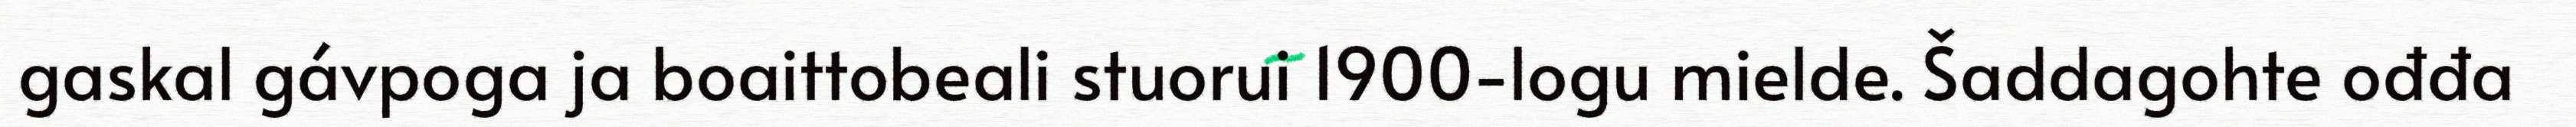
gaskal gávpoga ja boaittobeali stuorui 1900-logu mielde. Šaddagohte ođđa